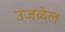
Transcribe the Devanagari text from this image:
उजळेल